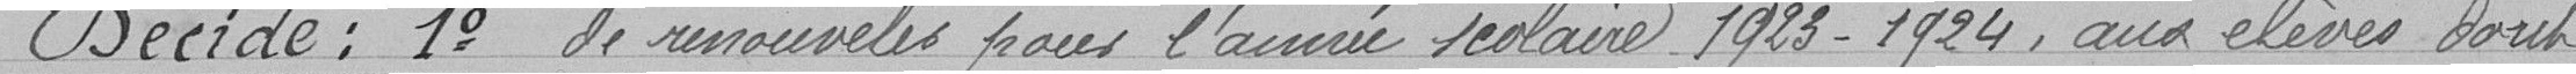
Décide : 1° de renouveler pour l'année scolaire 1923-1924, aux élèves dont